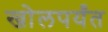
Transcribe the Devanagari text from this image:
खोलपर्यंत